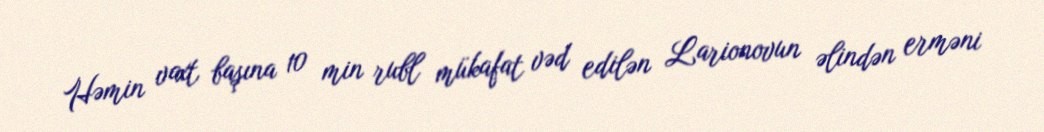
Həmin vaxt başına 10 min rubl mükafat vəd edilən Larionovun əlindən erməni